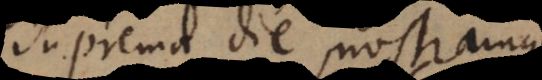
suprema die, nostramque